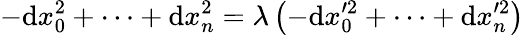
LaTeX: -\mathrm{d}x_{0}^{2}+\dots+\mathrm{d}x_{n}^{2}=\lambda\left(-\mathrm{d}x_{0}^{\prime2}+\dots+\mathrm{d}x_{n}^{\prime2}\right)